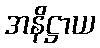
အနိဋ္ဌာယ